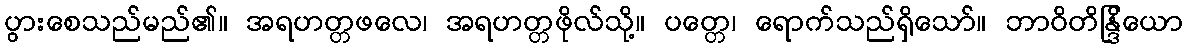
ပွားစေသည်မည်၏။ အရဟတ္တဖလေ၊ အရဟတ္တဖိုလ်သို့။ ပတ္တေ၊ ရောက်သည်ရှိသော်။ ဘာဝိတိန္ဒြိယော